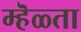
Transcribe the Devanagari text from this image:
म्हॆळ्ता